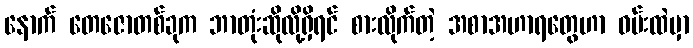
နောက် တေဇောတစ်ခုက ဘာတုံးဆိုလို့ရှိရင် စားလိုက်တဲ့ အစာအဟာရတွေဟာ ဝမ်းထဲမှာ